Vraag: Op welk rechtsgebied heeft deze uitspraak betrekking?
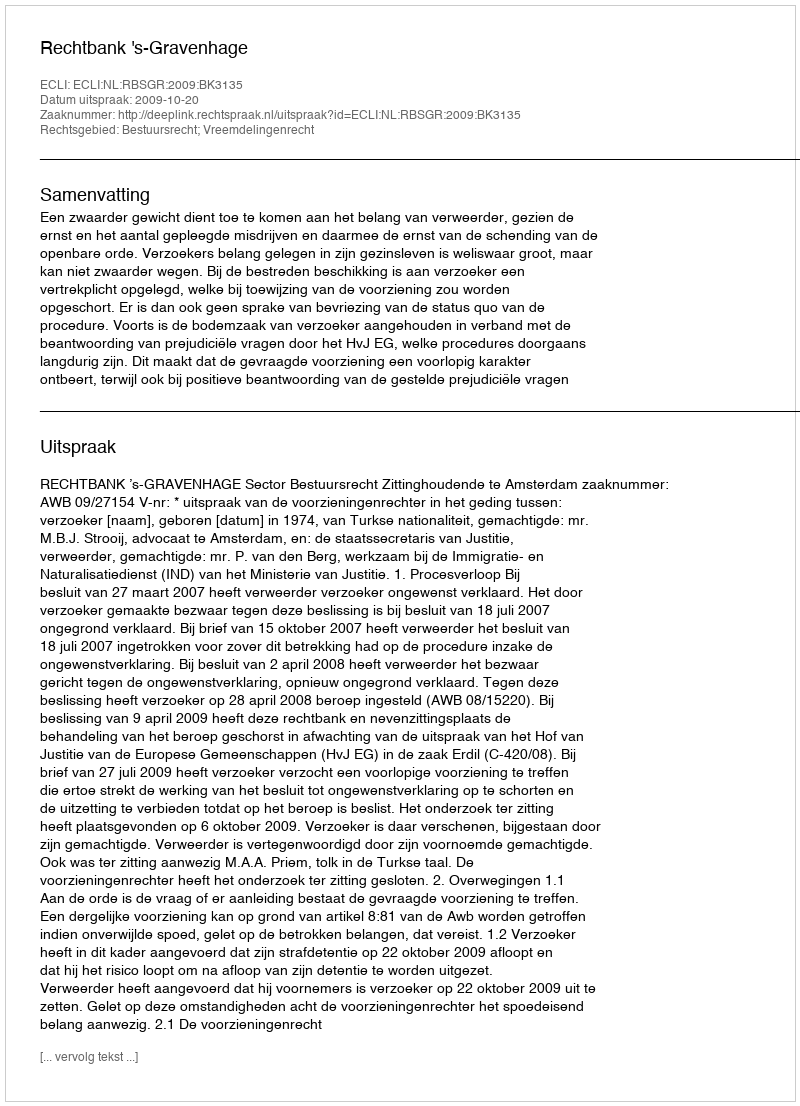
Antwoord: Bestuursrecht; Vreemdelingenrecht